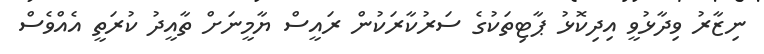
ނިޒާރު ވިދާޅުވީ އިދިކޮޅު ޕާޓިތަކުގެ ސަރުކާރަކުން ރައީސް ޔާމީނަށް ތާއީދު ކުރަތީ އެއްވެސް